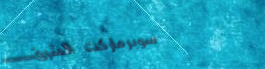
سوبرماركت الشرق